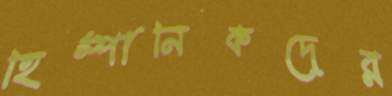
হিস্পানিকদের